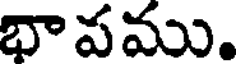
భాపము.